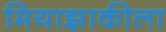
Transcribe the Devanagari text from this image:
मियाझाकीला